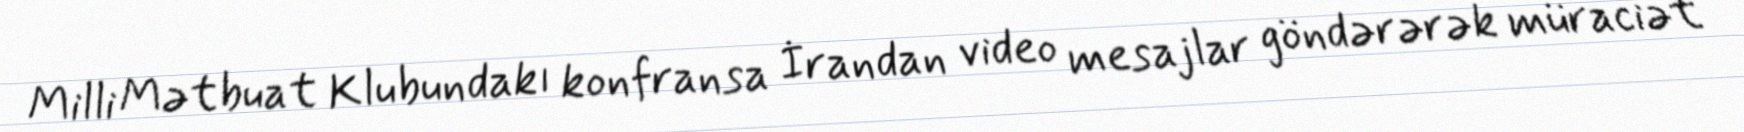
Milli Mətbuat Klubundakı konfransa İrandan video mesajlar göndərərək müraciət